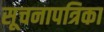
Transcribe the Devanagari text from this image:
सूचनापत्रिका